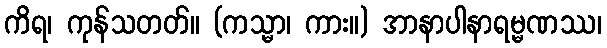
ကိရ၊ ကုန်သတတ်။ (ကသ္မာ၊ ကား။) အာနာပါနာရမ္မဏဿ၊